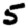
Digit: 5